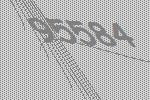
95584